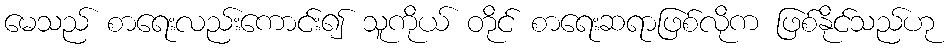
မေသည် စာရေးလည်းကောင်း၍ သူကိုယ် တိုင် စာရေးဆရာဖြစ်လိုက ဖြစ်နိုင်သည်ဟု